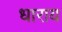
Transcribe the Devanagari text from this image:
धाराय